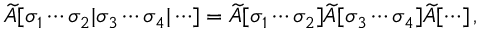
\widetilde { \cal A } [ \sigma _ { 1 } \cdots \sigma _ { 2 } | \sigma _ { 3 } \cdots \sigma _ { 4 } | \cdots ] = \widetilde { \cal A } [ \sigma _ { 1 } \cdots \sigma _ { 2 } ] \widetilde { \cal A } [ \sigma _ { 3 } \cdots \sigma _ { 4 } ] \widetilde { \cal A } [ \cdots ] \, ,